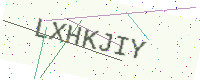
Text: LXHKJIY